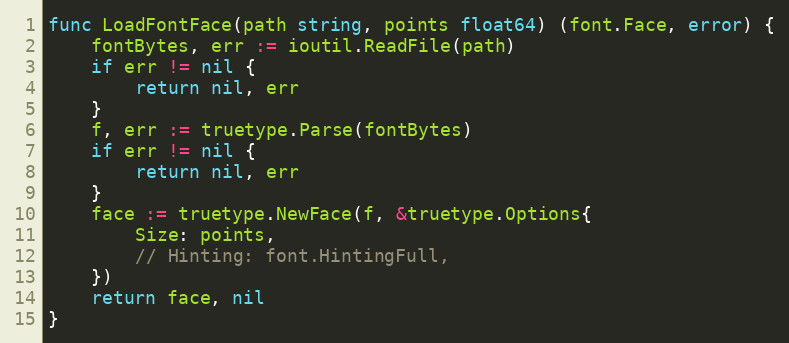
Language: Go
func LoadFontFace(path string, points float64) (font.Face, error) {
	fontBytes, err := ioutil.ReadFile(path)
	if err != nil {
		return nil, err
	}
	f, err := truetype.Parse(fontBytes)
	if err != nil {
		return nil, err
	}
	face := truetype.NewFace(f, &truetype.Options{
		Size: points,
		// Hinting: font.HintingFull,
	})
	return face, nil
}